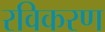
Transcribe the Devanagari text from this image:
रविकरण